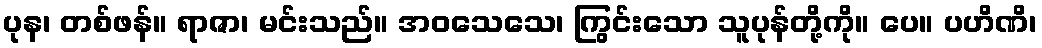
ပုန၊ တစ်ဖန်။ ရာဇာ၊ မင်းသည်။ အဝသေသေ၊ ကြွင်းသော သူပုန်တို့ကို။ ပေ။ ပဟိဏိ၊